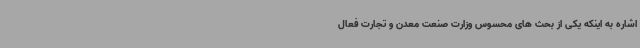
اشاره به اینکه یکی از بحث های محسوس وزارت صنعت معدن و تجارت فعال